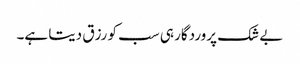
بے شک پروردگار ہی سب کو رزق دیتا ہے۔